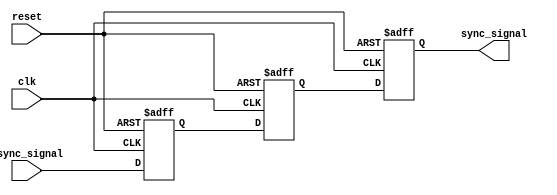
module triple_ff_synchronizer (
    input wire clk,             // Clock signal
    input wire async_signal,    // Asynchronous input signal
    input wire reset,           // Optional reset signal
    output reg sync_signal      // Synchronized output signal
);

// Internal signals for the flip-flops
reg sync_signal_1;
reg sync_signal_2;

// Sequential logic for the triple flip-flops
always @(posedge clk or posedge reset) begin
    if (reset) begin
        // Initialize outputs to known state on reset
        sync_signal_1 <= 1'b0;
        sync_signal_2 <= 1'b0;
        sync_signal   <= 1'b0;
    end else begin
        // First flip-flop captures the async signal
        sync_signal_1 <= async_signal;
        // Second flip-flop captures the output of the first
        sync_signal_2 <= sync_signal_1;
        // Third flip-flop captures the output of the second
        sync_signal <= sync_signal_2;
    end
end

endmodule